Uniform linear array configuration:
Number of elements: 16
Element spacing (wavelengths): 0.25
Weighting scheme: hamming
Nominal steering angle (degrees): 15
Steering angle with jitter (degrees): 16.036
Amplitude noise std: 0.05
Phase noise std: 0.05

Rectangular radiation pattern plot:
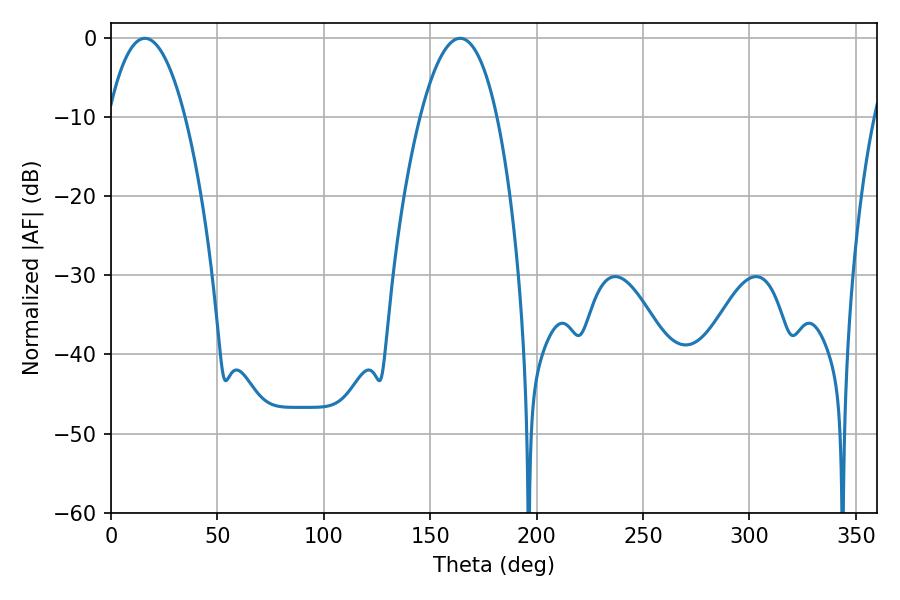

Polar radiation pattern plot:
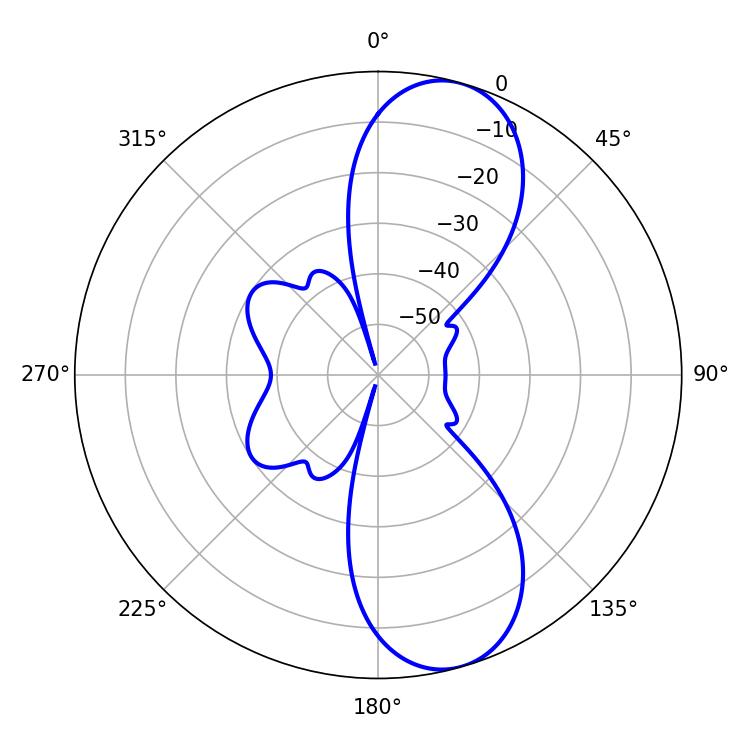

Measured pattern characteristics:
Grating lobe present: FALSE
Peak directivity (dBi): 9.839
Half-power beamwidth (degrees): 19.98
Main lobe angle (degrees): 16.02